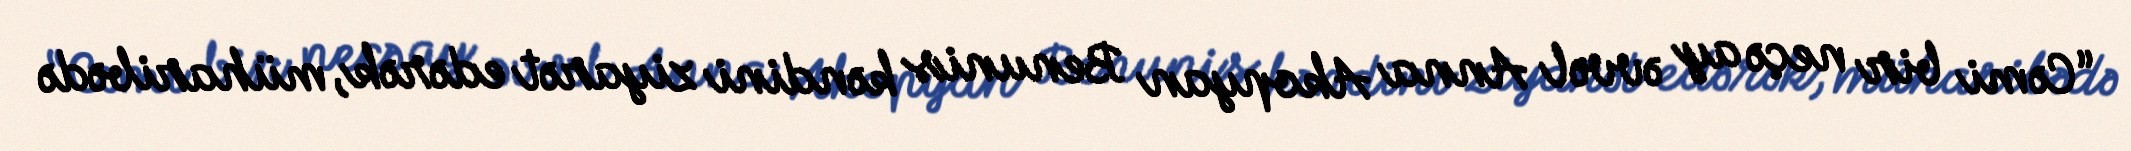
“Cəmi bir neçə ay əvvəl Anna Akopyan Benunis kəndini ziyarət edərək, müharibədə